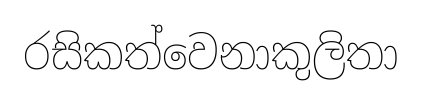
රසිකත්වෙනාකුලිතා